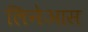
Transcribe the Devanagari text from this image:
लिनेआस